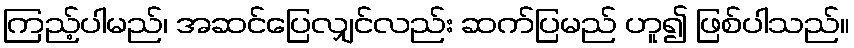
ကြည့်ပါမည်၊ အဆင်ပြေလျှင်လည်း ဆက်ပြမည် ဟူ၍ ဖြစ်ပါသည်။